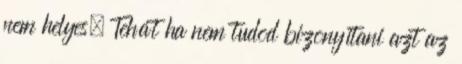
nem helyes. Tehát ha nem tudod bizonyítani azt az